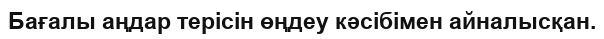
Бағалы аңдар терісін өңдеу кәсібімен айналысқан.